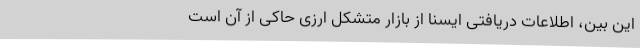
این بین، اطلاعات دریافتی ایسنا از بازار متشکل ارزی حاکی از آن است